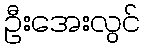
ဦးအေးလွင်